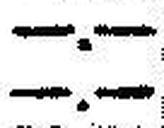
—.—